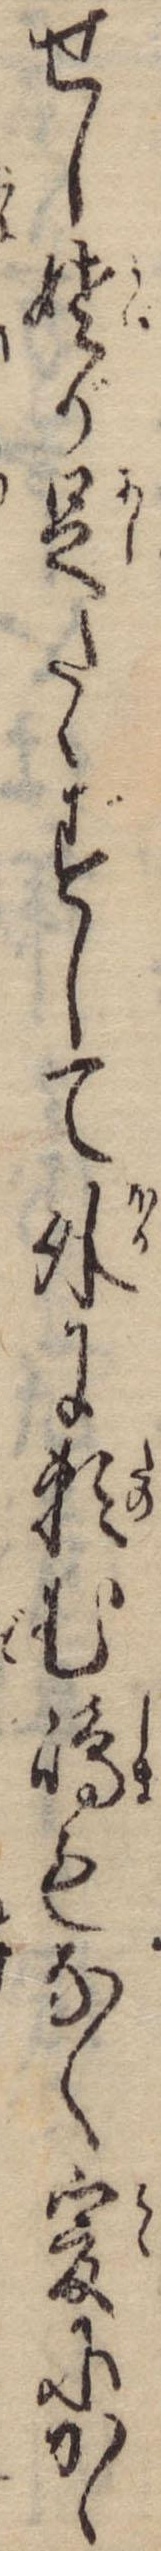
せし姥が足たゝずして外に頼む島もなく爰にかゝ